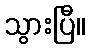
သွားပြီ။